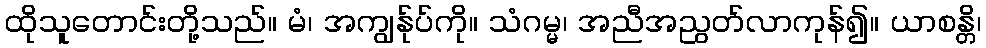
ထိုသူတောင်းတို့သည်။ မံ၊ အကျွန်ုပ်ကို။ သံဂမ္မ၊ အညီအညွတ်လာကုန်၍။ ယာစန္တိ၊